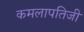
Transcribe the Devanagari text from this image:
कमलापतिजी